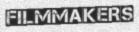
FILMMAKERS